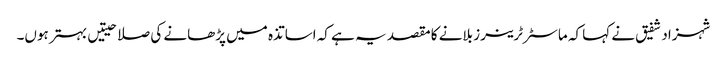
شہزاد شفیق نے کہا کہ ماسٹر ٹرینرز بلانے کا مقصد یہ ہے کہ اساتذہ میں پڑھانے کی صلاحیتیں بہتر ہوں۔